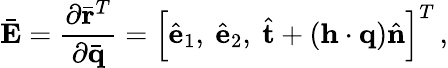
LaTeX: \bar{\mathbf E}=\frac{\partial\bar{\mathbf r}^{T}}{\partial\bar{\mathbf q}}=\left[\hat{\mathbf e}_{1},\ \hat{\mathbf e}_{2},\ \hat{\mathbf t}+({\mathbf h}\cdot{\mathbf q})\hat{\mathbf n}\right]^{T}\, ,